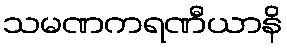
သမဏကရဏီယာနိ